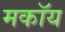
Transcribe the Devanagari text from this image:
मकॉय